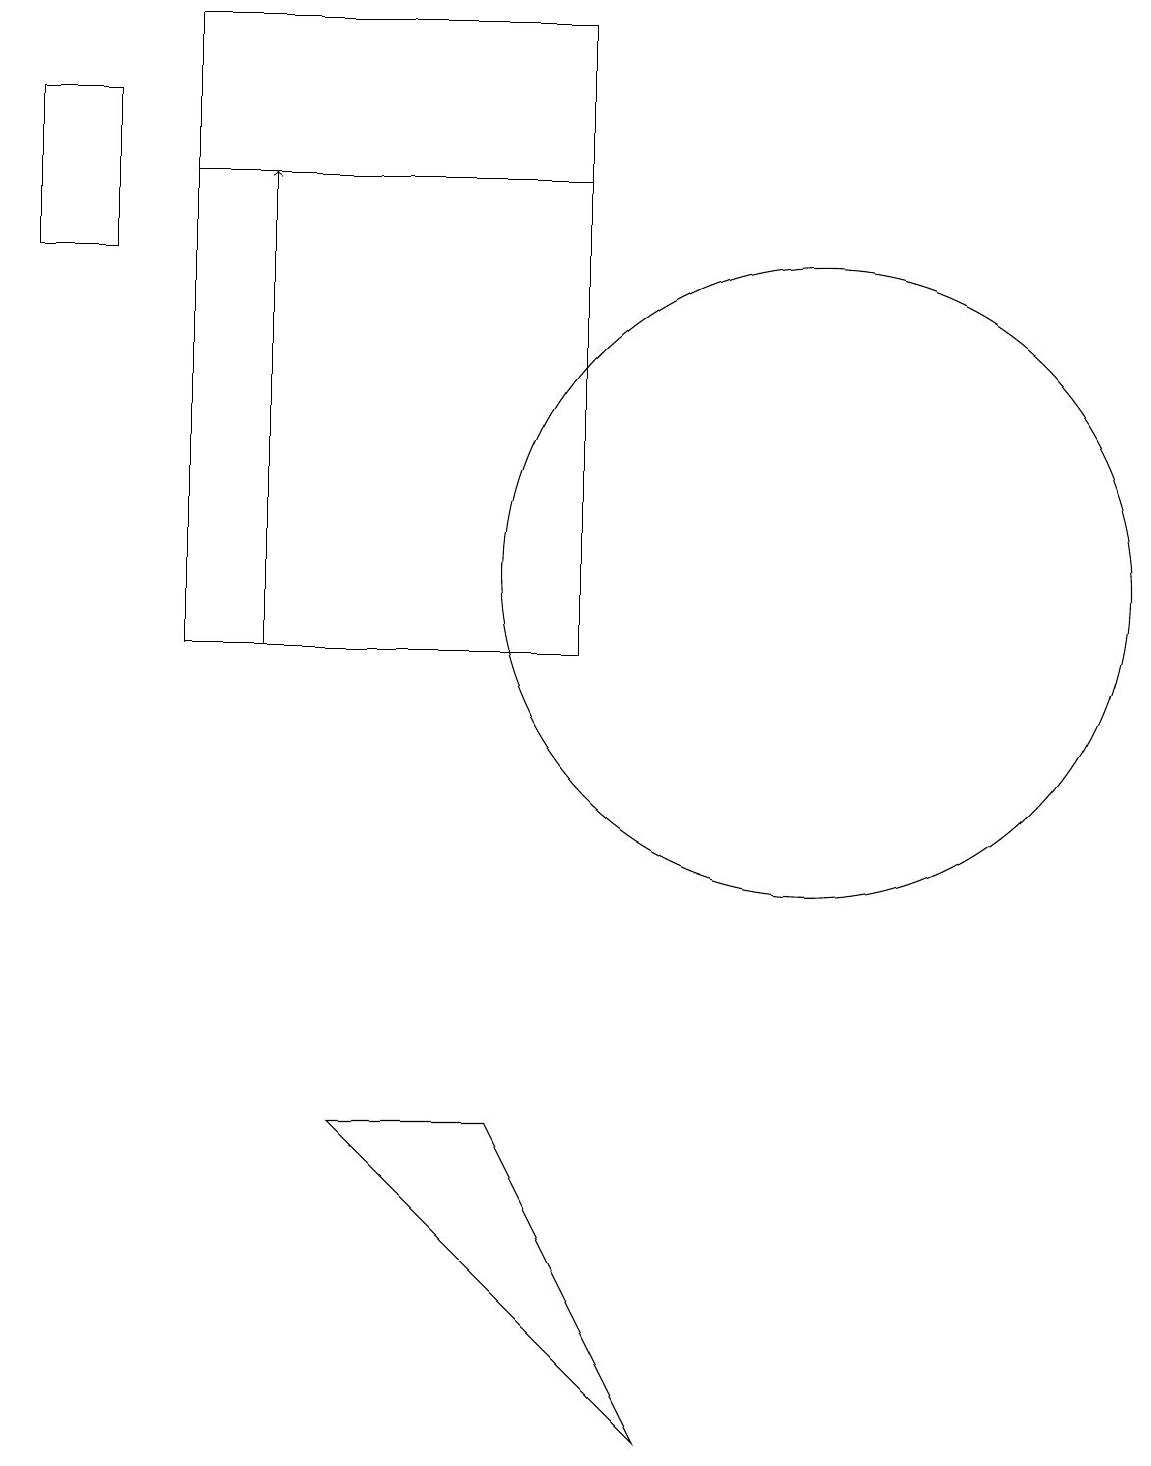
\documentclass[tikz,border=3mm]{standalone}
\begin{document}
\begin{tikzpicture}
\draw (11,12) circle (4);
\draw (8,11) rectangle (3,19);
\draw (8,17) rectangle (3,19);
\draw[->] (4,11) -- (4,17);
\draw (5,5) -- (9,1) -- (7,5) -- cycle;
\draw (2,18) rectangle (1,16);
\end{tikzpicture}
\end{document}